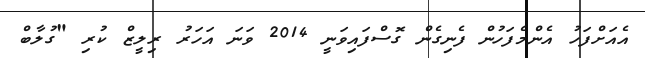
އެއަށްފަހު އެންމެފަހުން ފެނިގެން ގޮސްފައިވަނީ 2014 ވަނަ އަހަރު ރިލީޒް ކުރި "ގުލާބް